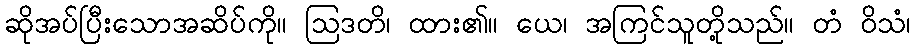
ဆိုအပ်ပြီးသောအဆိပ်ကို။ ဩဒတိ၊ ထား၏။ ယေ၊ အကြင်သူတို့သည်။ တံ ဝိသံ၊